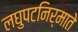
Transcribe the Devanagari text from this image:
लघुपटनिर्माते